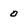
Character: o